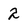
Character: 2